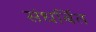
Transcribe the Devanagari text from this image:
संधर्बित